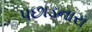
પછાડનારા